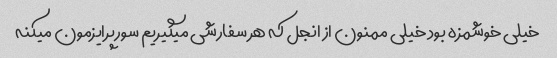
خیلی خوشمزه بود خیلی ممنون از انجل که هر سفارشی میگیریم سورپرایزمون میکنه